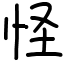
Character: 怪